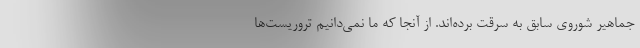
جماهیر شوروی سابق به سرقت برده‌اند. از آنجا که ما نمی‌دانیم تروریست‌ها